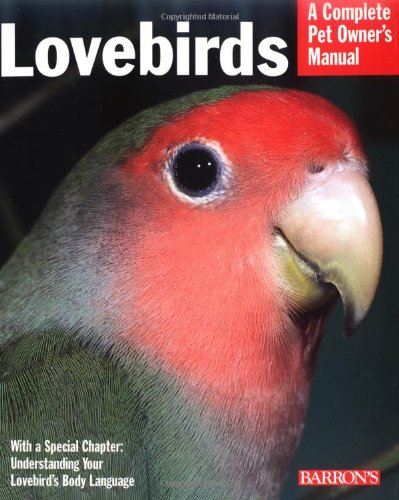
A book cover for Lovebirds (Complete Pet Owner's Manual); Mary Gorman; Crafts, Hobbies & Home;